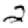
Digit: 2